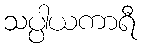
သပ္ပါယကာရီ